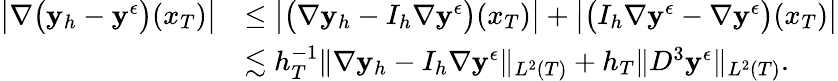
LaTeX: \begin{array}{rl}{\big|\nabla\big(\mathbf{y}_{h}-\mathbf{y}^{\epsilon}\big)(x_{T})\big|}&{\le\big|\big(\nabla\mathbf{y}_{h}-I_{h}\nabla\mathbf{y}^{\epsilon}\big)(x_{T})\big|+\big|\big(I_{h}\nabla\mathbf{y}^{\epsilon}-\nabla\mathbf{y}^{\epsilon}\big)(x_{T})\big|}\\ &{\lesssim h_{T}^{-1}\| \nabla\mathbf{y}_{h}-I_{h}\nabla\mathbf{y}^{\epsilon}\| _{L^{2}(T)}+h_{T}\| D^{3}\mathbf{y}^{\epsilon}\| _{L^{2}(T)}.}\end{array}